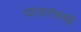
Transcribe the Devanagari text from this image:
पातालरूपी